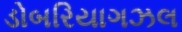
ડોબરિયાગઝલ